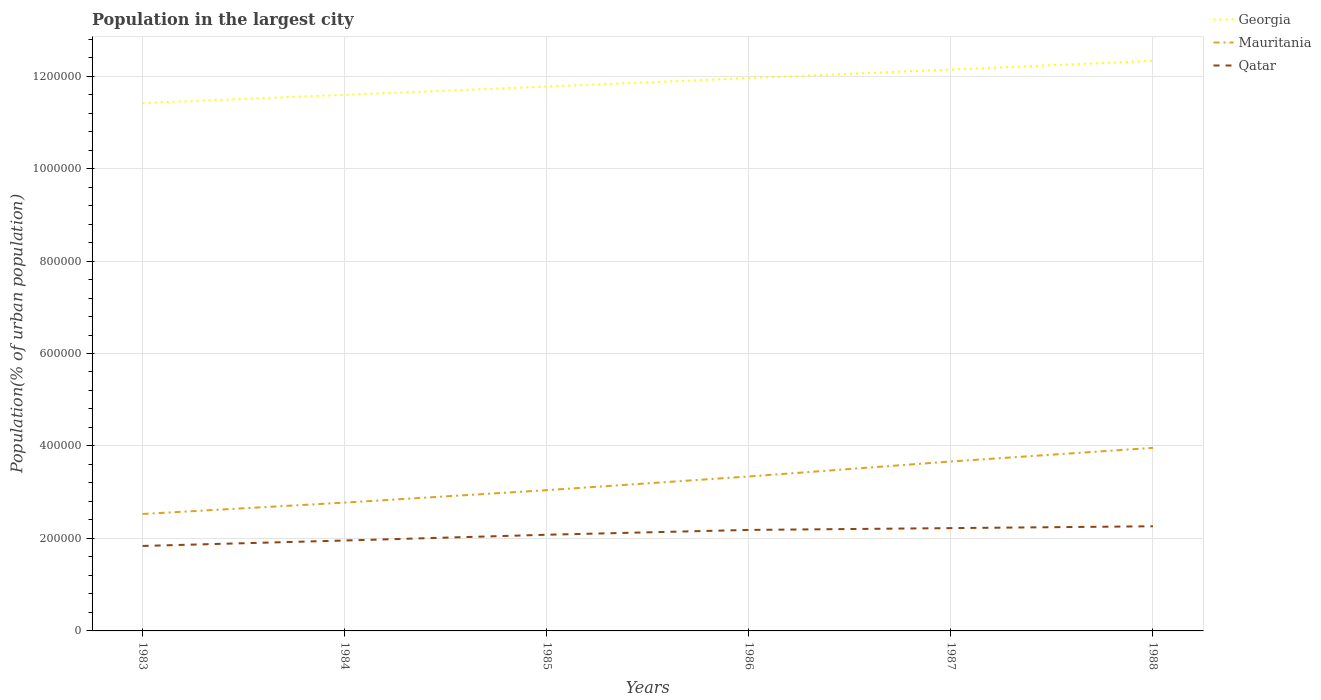
| Years | Georgia | Mauritania | Qatar |
 | --- | --- | --- | --- |
 | 1983 | 1.14e+06 | 2.53e+05 | 1.84e+05 |
 | 1984 | 1.16e+06 | 2.78e+05 | 1.96e+05 |
 | 1985 | 1.18e+06 | 3.04e+05 | 2.08e+05 |
 | 1986 | 1.2e+06 | 3.34e+05 | 2.18e+05 |
 | 1987 | 1.21e+06 | 3.66e+05 | 2.22e+05 |
 | 1988 | 1.23e+06 | 3.96e+05 | 2.26e+05 |